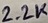
Text: 2.2K